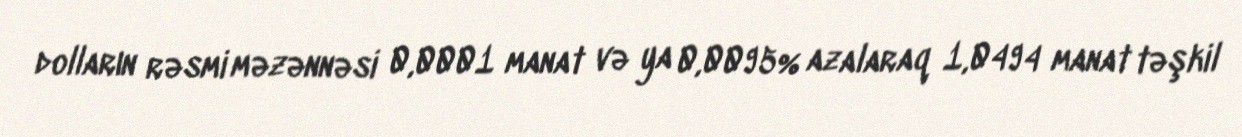
dolların rəsmi məzənnəsi 0,0001 manat və ya 0,0095% azalaraq 1,0494 manat təşkil